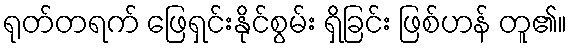
ရုတ်တရက် ဖြေရှင်းနိုင်စွမ်း ရှိခြင်း ဖြစ်ဟန် တူ၏။